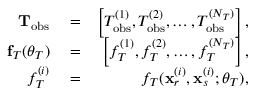
\begin{array} { r l r } { { \bf T } _ { \mathrm { o b s } } } & { { } = } & { \left[ T _ { \mathrm { o b s } } ^ { ( 1 ) } , T _ { \mathrm { o b s } } ^ { ( 2 ) } , \dots , T _ { \mathrm { o b s } } ^ { ( N _ { T } ) } \right] , } \\ { { \bf f } _ { T } ( \boldsymbol { \theta } _ { T } ) } & { { } = } & { \left[ f _ { T } ^ { ( 1 ) } , f _ { T } ^ { ( 2 ) } , \dots , f _ { T } ^ { ( N _ { T } ) } \right] , } \\ { f _ { T } ^ { ( i ) } } & { { } = } & { f _ { T } ( \mathbf { x } _ { r } ^ { ( i ) } , \mathbf { x } _ { s } ^ { ( i ) } ; \boldsymbol { \theta } _ { T } ) , } \end{array}